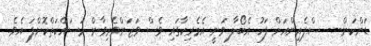
ޑަންކަން--- ސްޕެއިންއަށް ފަހު އެބޯލާ ވަނީ އެމެރިކާގައި ވެސް ވަޒަންވެރިވާން މަސައްކަތްކޮށްފަ އެވެ.